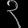
Digit: ၃